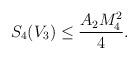
LaTeX: \begin{align*}S_4(V_3) \leq \frac{A_2 M_4^2}{4}.\end{align*}